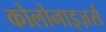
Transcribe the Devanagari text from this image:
कोलोनाइज़र्स